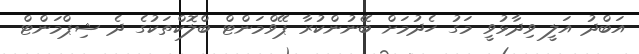
އަބްދު އަލީ ވިދާޅުވީ މަގު ހެދުމަށް ބޭނުންކުރާ ޕޭވްމަންޓް ބްލޮކްތަކުގެ ދެ ޝިޕްމަންޓް